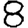
Digit: 8